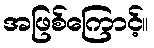
အဖြစ်ကြောင့်။